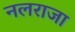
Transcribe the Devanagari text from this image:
नलराजा